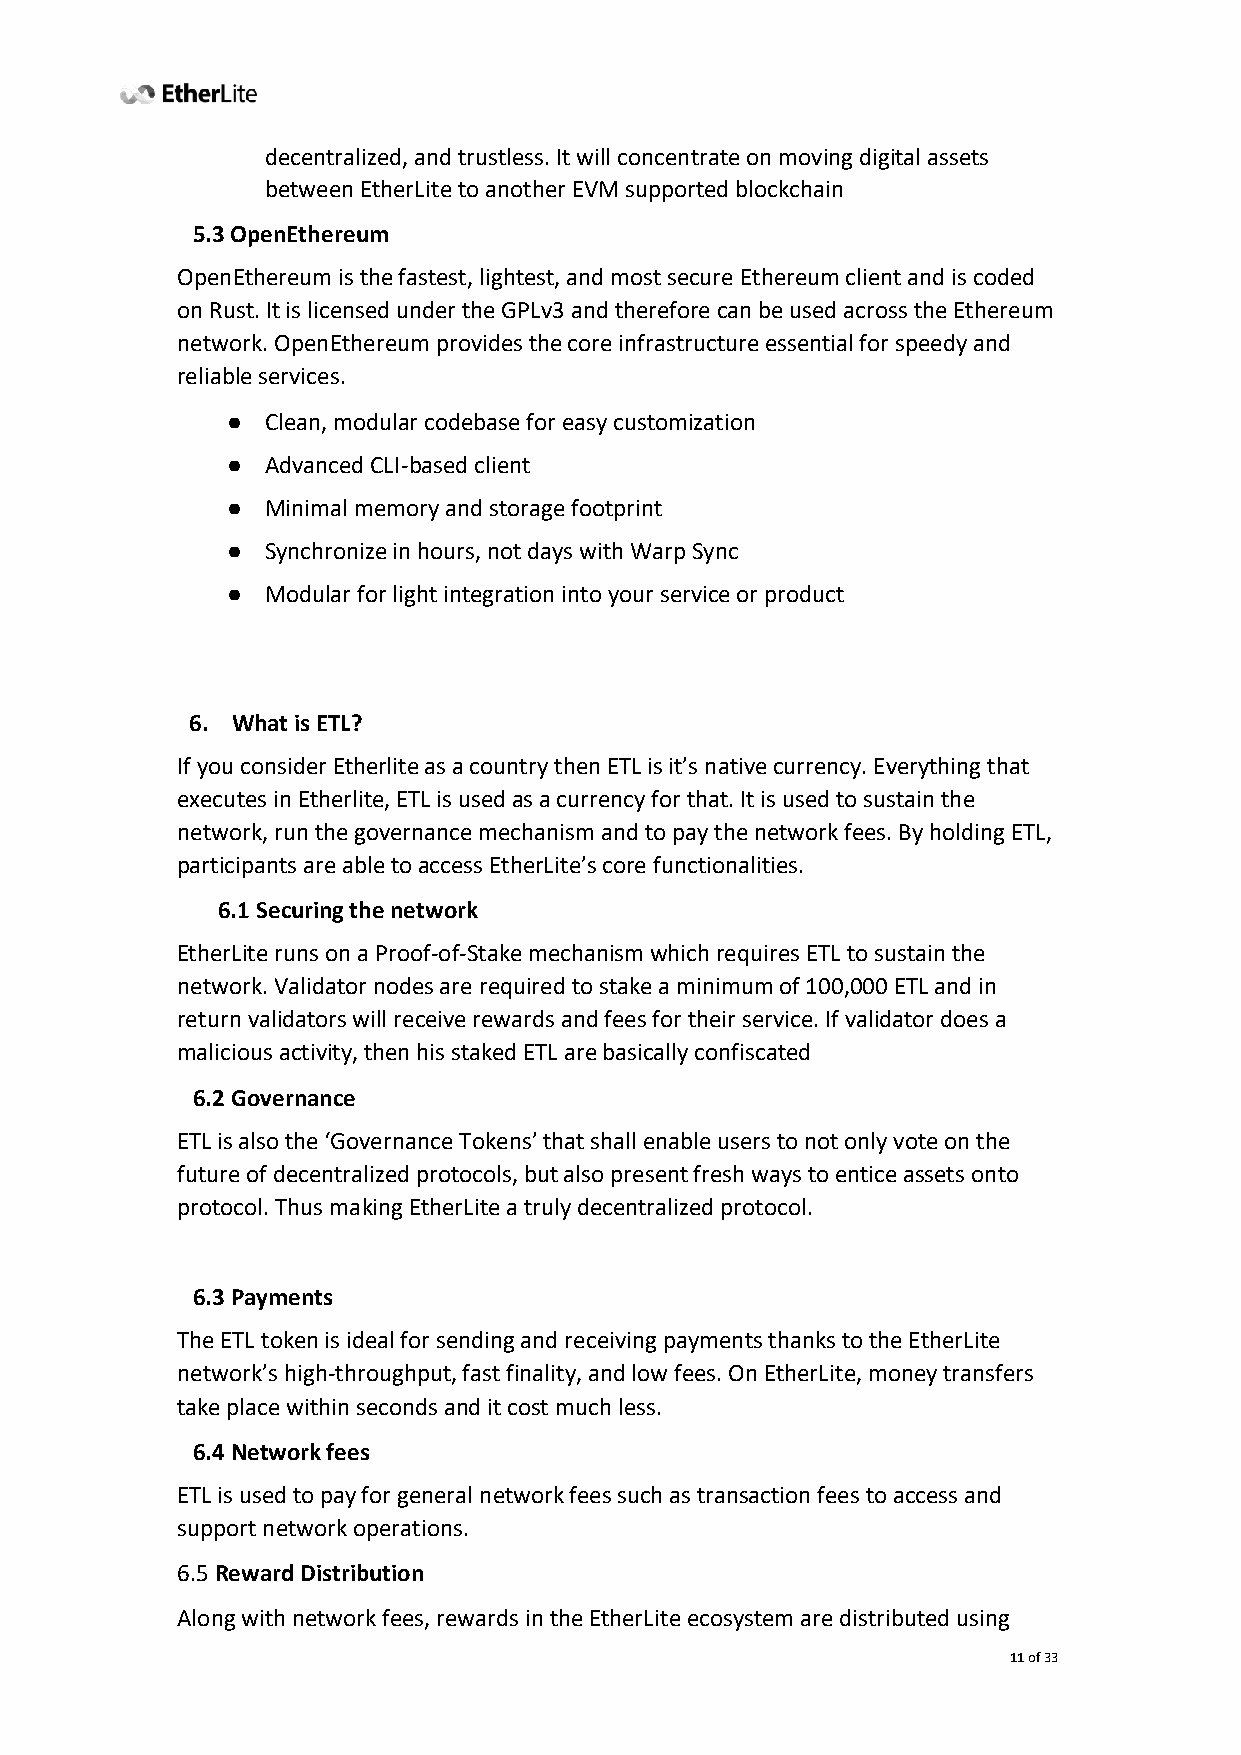
decentralized, and trustless. It will concentrate on moving digital assets
 between EtherLite to another EVM supported blockchain
 5.3 OpenEthereum
 OpenEthereum is the fastest, lightest, and most secure Ethereum client and is coded
 on Rust. It is licensed under the GPLv3 and therefore can be used across the Ethereum
 network. OpenEthereum provides the core infrastructure essential for speedy and
 reliable services.
 ●  Clean, modular codebase for easy customization
 ●  Advanced CLI-based client
 ●  Minimal memory and storage footprint
 ●  Synchronize in hours, not days with Warp Sync
 ●  Modular for light integration into your service or product
 6. What is ETL?
 If you consider Etherlite as a country then ETL is it’s native currency. Everything that
 executes in Etherlite, ETL is used as a currency for that. It is used to sustain the
 network, run the governance mechanism and to pay the network fees. By holding ETL,
 participants are able to access EtherLite’s core functionalities.
 6.1 Securing the network
 EtherLite runs on a Proof-of-Stake mechanism which requires ETL to sustain the
 network. Validator nodes are required to stake a minimum of 100,000 ETL and in
 return validators will receive rewards and fees for their service. If validator does a
 malicious activity, then his staked ETL are basically confiscated
 6.2 Governance
 ETL is also the ‘Governance Tokens’ that shall enable users to not only vote on the
 future of decentralized protocols, but also present fresh ways to entice assets onto
 protocol. Thus making EtherLite a truly decentralized protocol.
 6.3 Payments
 The ETL token is ideal for sending and receiving payments thanks to the EtherLite
 network’s high-throughput, fast finality, and low fees. On EtherLite, money transfers
 take place within seconds and it cost much less.
 6.4 Network fees
 ETL is used to pay for general network fees such as transaction fees to access and
 support network operations.
 6.5 Reward Distribution
 Along with network fees, rewards in the EtherLite ecosystem are distributed using
 11 of 33